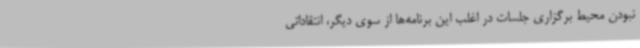
نبودن محیط برگزاری جلسات در اغلب این برنامه‌ها از سوی دیگر، انتقاداتی